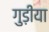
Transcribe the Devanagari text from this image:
गुड़ीया